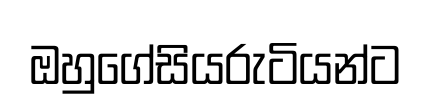
ඔහුගේසියරුටියන්ට